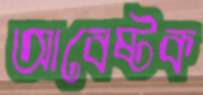
আবেষ্টক